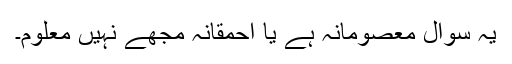
یہ سوال معصومانہ ہے یا احمقانہ مجھے نہیں معلوم۔